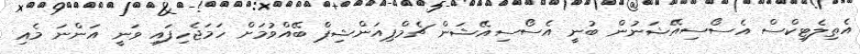
އެތިލެޓިކްސް އެސޯސިއޭޝަނުން ބުނީ އެސޯސިއޭޝަން ޗެމްޕިއަންޝިޕް ބޭއްވުމަށް ހަމަޖެހިފައި ވަނީ އަންނަ މެއި